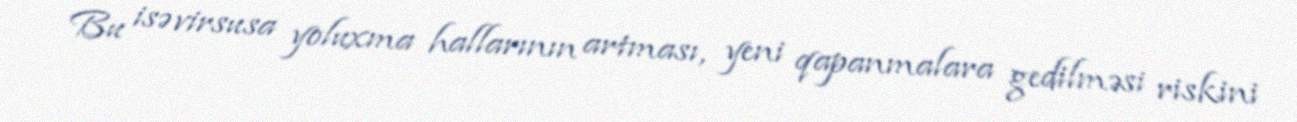
Bu isə virsusa yoluxma hallarının artması, yeni qapanmalara gedilməsi riskini